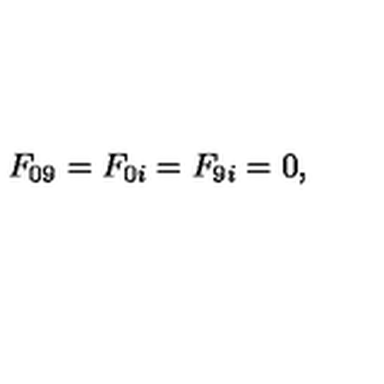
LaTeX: \begin{array} { c } { F _ { 0 9 } = F _ { 0 i } = F _ { 9 i } = 0 , } \\ \end{array}